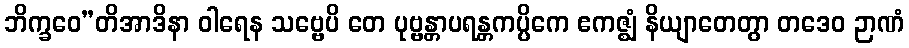
ဘိက္ခဝေ”တိအာဒိနာ ဝါရေန သဗ္ဗေပိ တေ ပုဗ္ဗန္တာပရန္တကပ္ပိကေ ဧကဇ္ဈံ နိယျာတေတွာ တဒေဝ ဉာဏံ